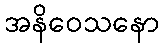
အနိဝေသနော